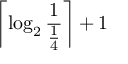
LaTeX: \left\lceil \log _ { 2 } { \frac { 1 } { \frac { 1 } { 4 } } } \right\rceil + 1